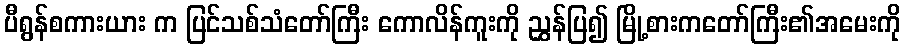
ပီရွန်စကားယား က ပြင်သစ်သံတော်ကြီး ကောလိန်ကူးကို ညွှန်ပြ၍ မြို့စားကတော်ကြီး၏အမေးကို